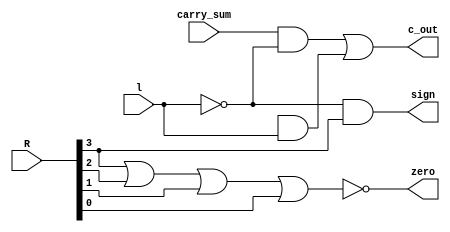
module signals(output wire zero, c_out, sign, input wire [3:0] R, input wire carry_sum, input wire l);
// Zero con una or
wire or_1;
or or_zero(or_1,R[3],R[2],R[1],R[0]);
not (zero, or_1);
// mux de puertas para cout
wire not_cout_out, and1_cout_out, and2_cout_out;
not not_l(not_cout,l);
and and1_cout(and1_cout_out,carry_sum,not_cout);
and and2_cout(and2_cout_out,1'bx,l);
or or_cout(c_out,and1_cout_out,and2_cout_out);
// mux de puertas para sign
wire not_sign_out, and1_sign_out, and2_sign_out;
and and1_sign(and1_sign_out,not_cout,R[3]);
and and2_sign(and2_sign_out,not_cout,R[3]);
or or_sign(sign,and1_sign_out,and2_sign_out);
endmodule